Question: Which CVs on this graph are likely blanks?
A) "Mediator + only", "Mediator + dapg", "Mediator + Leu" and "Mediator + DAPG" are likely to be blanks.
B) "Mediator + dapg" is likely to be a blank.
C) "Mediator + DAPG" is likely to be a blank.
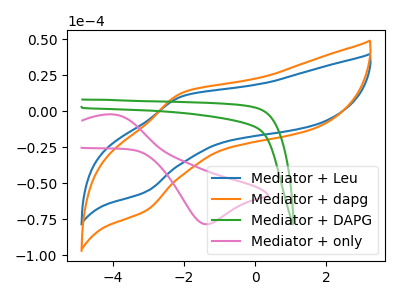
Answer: <think>The blue curve "Mediator + Leu" has an anodic peak at (-2.05V, 10.35uA) and a cathodic peak at (-3.05V, -56.00uA). The orange curve "Mediator + dapg" has an anodic peak at (-2.05V, 12.75uA) and a cathodic peak at (-3.05V, -69.10uA). The green curve "Mediator + DAPG" has no peaks. The pink curve "Mediator + only" has an anodic peak at (-4.00V, -2.25uA) and a cathodic peak at (-1.35V, -78.55uA).</think>
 <answer>C) "Mediator + DAPG" is likely to be a blank.</answer>
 <eval>C</eval>